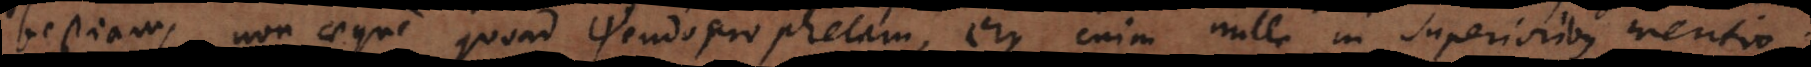
bestiam, non aeque quoad pseudoprophetam, ejus enim nulla in superioribus mentio.